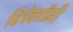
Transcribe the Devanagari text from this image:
विट्रेक्टॉमी